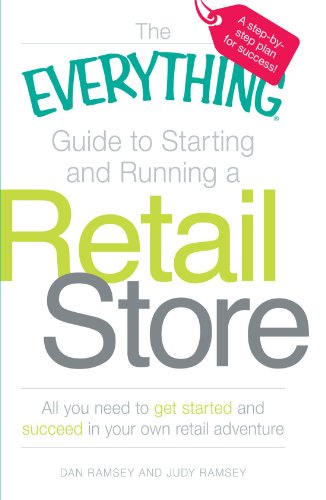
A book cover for The Everything Guide to Starting and Running a Retail Store: All you need to get started and succeed in your own retail adventure; Dan Ramsey; Business & Money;